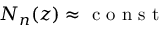
N _ { n } ( z ) \approx \mathrm { ~ c ~ o ~ n ~ s ~ t ~ }